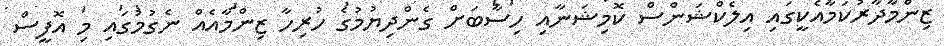
ޒިންމާދާރުކަމާއެކީގައި އިލެކްޝަންސް ކޮމިޝަނާއި ހިސާބަށް ގެންދިޔުމުގެ ހުރިހާ ޒިންމާއެއް ނެގުމުގައި މި އޮފީސް